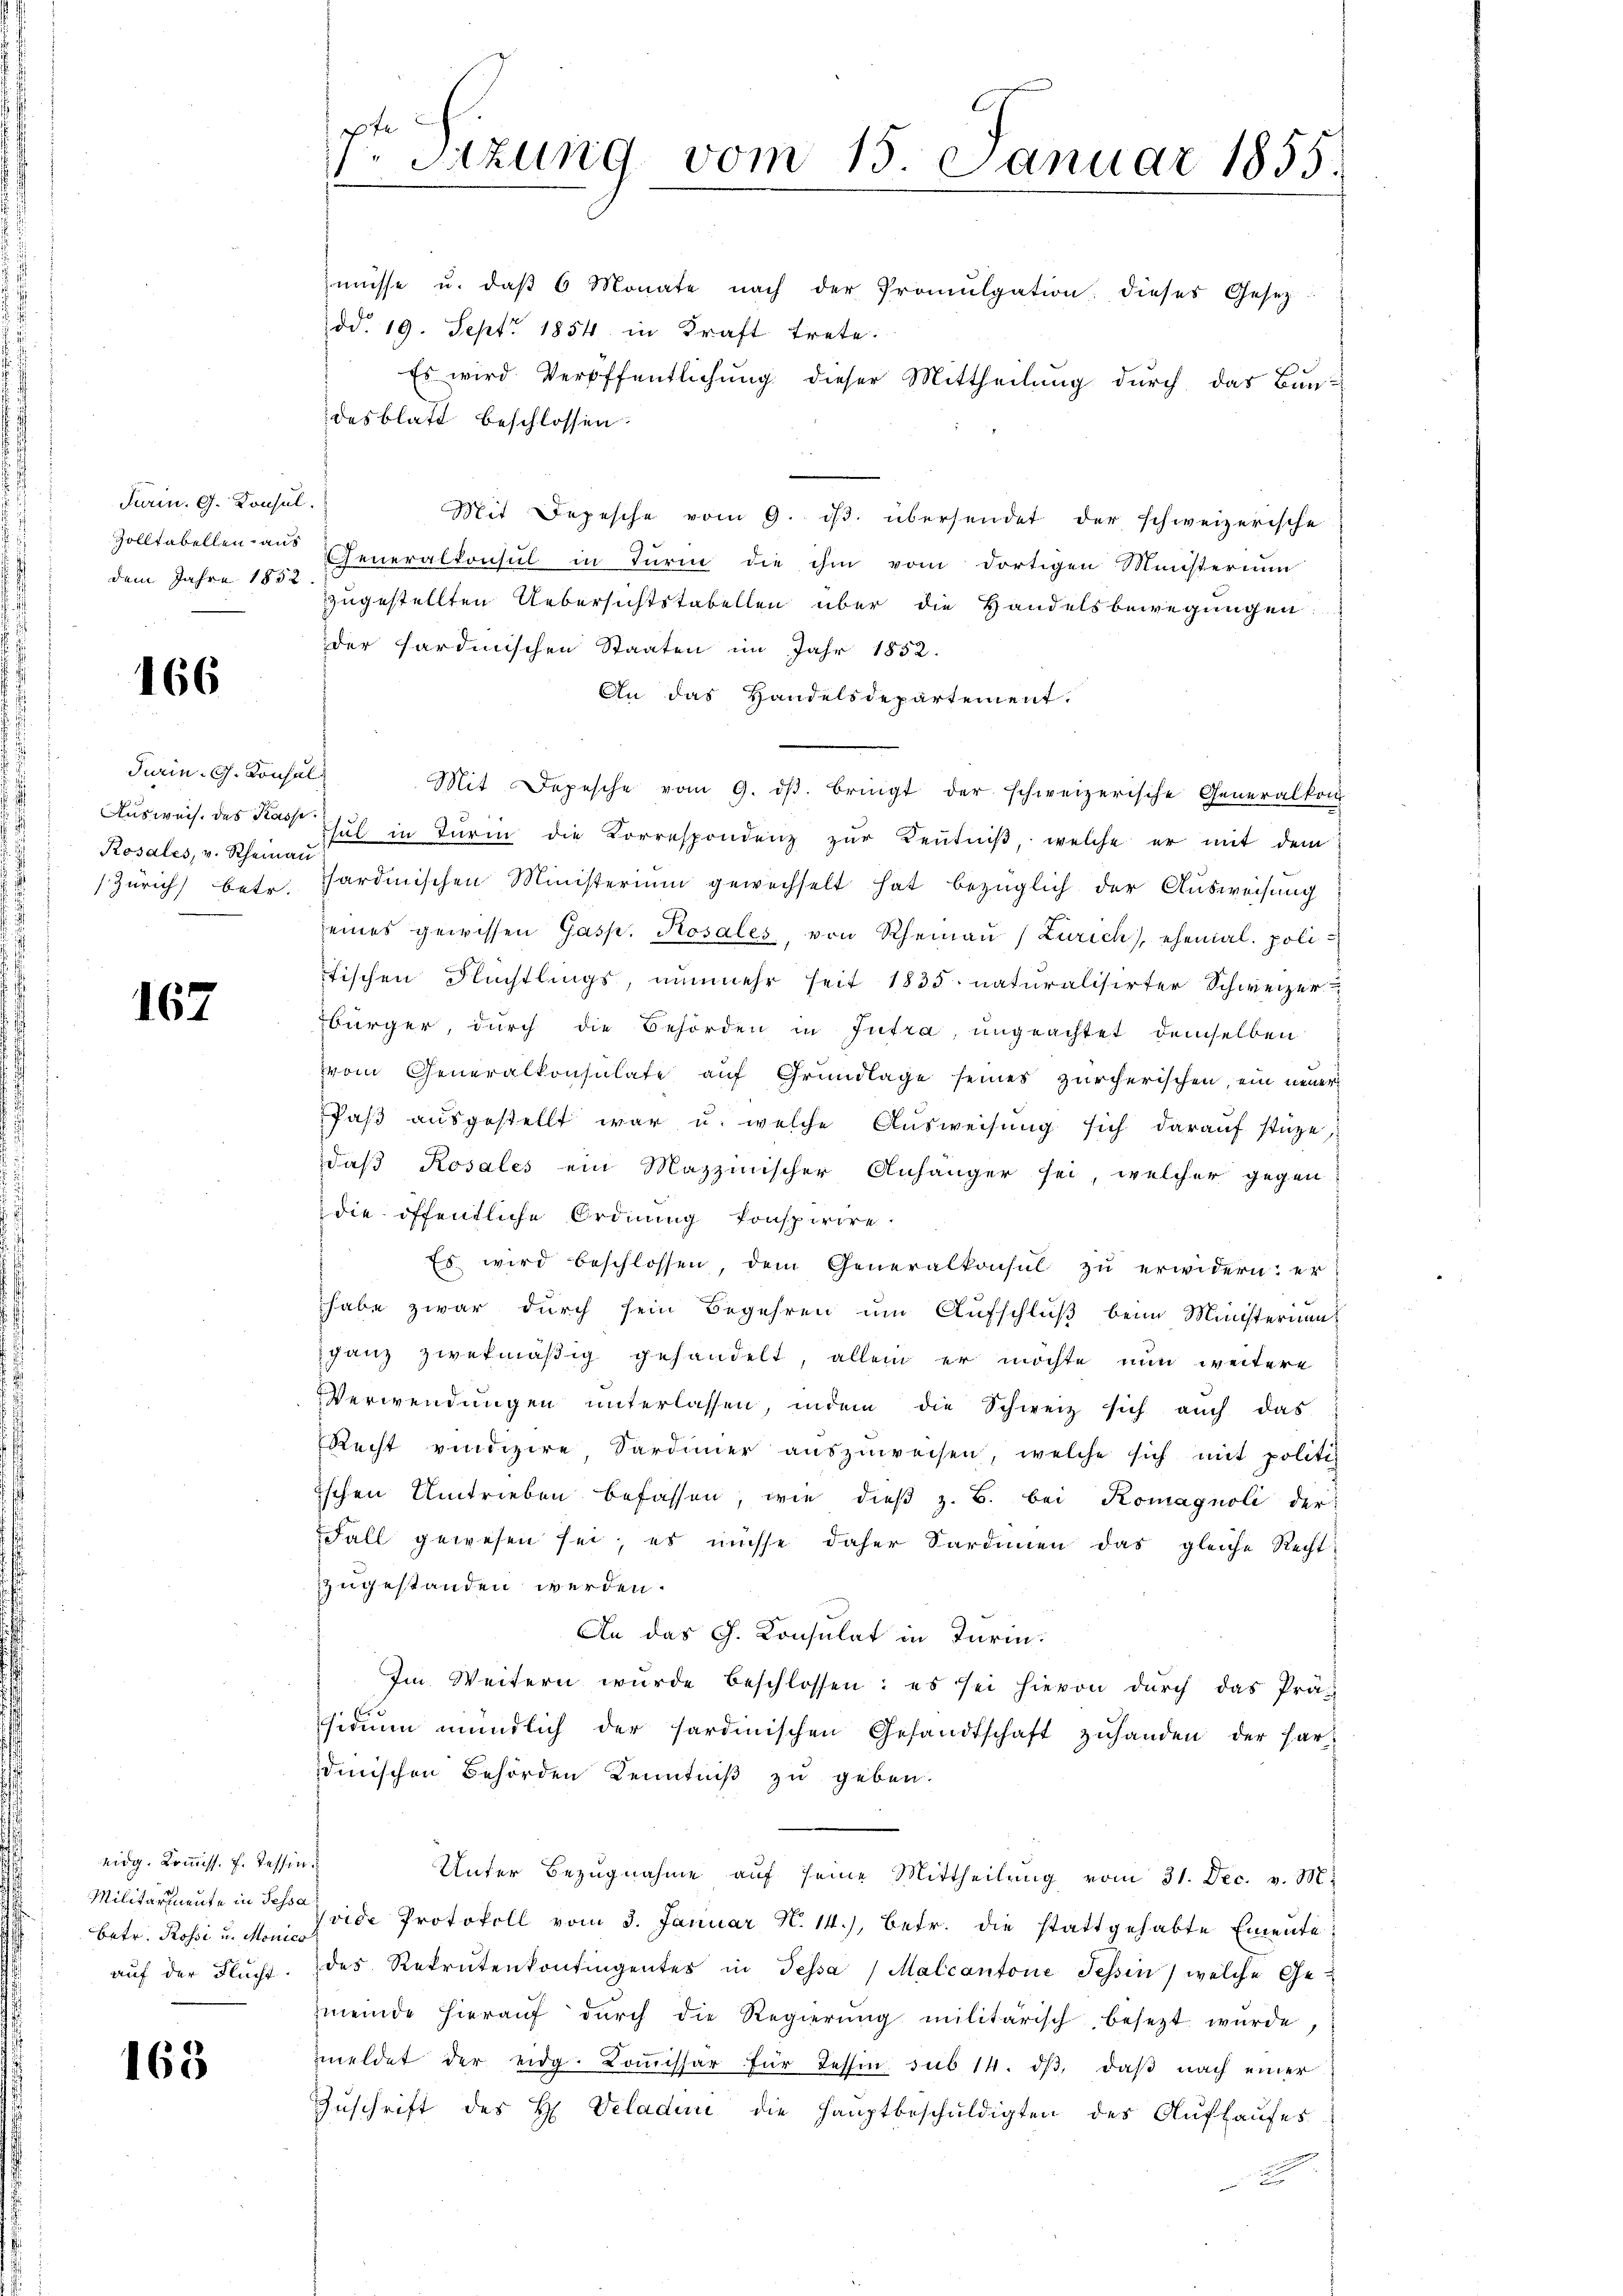
Turin. G. Konsul
Zolltabellen aus
dem Jahre 1852.

166

Turin, C. Konsul
Ausweis. Das Kasse
Rosales, v. Rheinau
Zürich) betr.

167

eidg. Kommiss. f. Tessin
Betr. Rossi u. Monico
auf der Flucht.

163

t
Sazung vom 15. Januar 1855.
1

müsse u. daβ 6 Monate nach der Promulgation, dieses Gesetz-
dd. 19. Sept. 1854 in Kraft trete.
Es wird Veröffentlichung dieser Mittheilung durch das Baudesblatt beschlossen:
Mit Depesche vom 9. dβ übersendet der schweizerische
Feneralkonsul in Turm die ihm vom dortigen Ministerium
zzugestellten Uebersichtstabellen über die Handelsbewegungen
der sardinischen Staaten im Jahr 1852.
An das Handelsdepartement.
i
Mit Depesche vom 9. dβ. bringt der schweizerische Generalkon
Thŭl in Turin die Korrespondenz zŭr Keṅtniβ, welche er mit dem
ardinischen Ministerium gewechselt hat bezüglich der Ausweisung
seines gewissen Gasp. Rosales, von Rheinau (Zürich, ehemal. poli
tischen Flüchtlings, nunmehr seit 1835. naturalisirter Schweizer
bürger, durch die Behörden in Intra ungeachtet demselben
vom Generalkonsulate auf Grundlage seines zürcherischen, ein neuer
Paß ausgestellt war u. welche Ausweisung sich darauf stüze,
daß Rosales ein Mazzinischer Anhänger sei, welcher gegen
die öffentliche Ordnung konspirire.
Es wird beschlossen, dem Generalkonsul zu erwidern: er
habe zwar durch sein Begehren um Aufschluß beim Ministerium
ganz zwekmäßig gehandelt, allein er möchte nun weitere
Verwendungen unterlassen, indem die Schweiz sich auch das
Recht vindiziere Sardinier aŭszŭweisen, welche sich mit politi
ischen Umtrieben befassen, wie dieβ z. B. bei Komagnoli der
Fall gewesen sei, es müsse daher Sardinen das gleiche Recht
zugestanden werden.
An das G. Konsulat in Turin.
Im Weitern wurde beschlossen: es sei hievon durch das Präs
sidiŭm mündlich der Sardinischen Gesandtschaft zŭ handen der har
dinischen Behörden Kenntniß zu geben.
Unter Bezŭgnahme aŭf seine Mittheilŭng vom 31. Dec. v. M.
Militariente in des Heide Protokoll vom 3. Januar N. 14), betr. die stattgehabte Emente
des Rekrutenkontingentes in Tessa / Malcantone Tessin, welche Ge-
zmeinde hieraŭf dŭrch die Regierŭng militärisch besezt würde,
meldet der eidg. Koṁissar für Tessin sub 14. dβ, daβ nach einer
Zŭschrift des H. Veladen die Hauptbeschŭldigten des Aŭfhaŭses